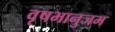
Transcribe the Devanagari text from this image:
वृषभानुजम